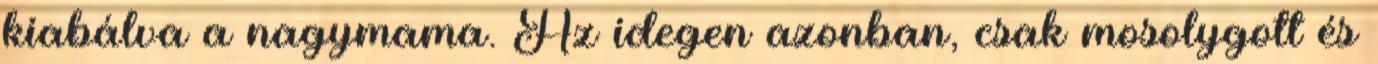
kiabálva a nagymama. Az idegen azonban, csak mosolygott és